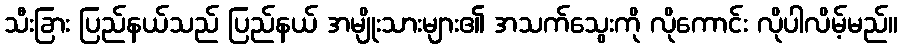
သီးခြား ပြည်နယ်သည် ပြည်နယ် အမျိုးသားများ၏ အသက်သွေးကို လိုကောင်း လိုပါလိမ့်မည်။